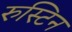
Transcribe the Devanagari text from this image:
रुस्टिन